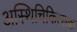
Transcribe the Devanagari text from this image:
अस्थिचिकित्सक